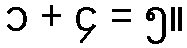
၁ + ၄ = ၅။